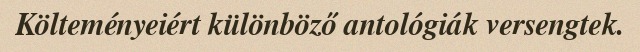
Költeményeiért különböző antológiák versengtek.